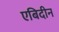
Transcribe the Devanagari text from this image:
एबिदीन